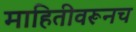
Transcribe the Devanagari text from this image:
माहितीवरूनच